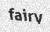
fairy